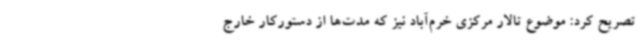
تصریح کرد: موضوع تالار مرکزی خرم‌آباد نیز که مدت‌ها از دستورکار خارج